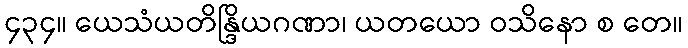
၄၃၄။ ယေသံယတိန္ဒြိယဂဏာ၊ ယတယော ဝသိနော စ တေ။